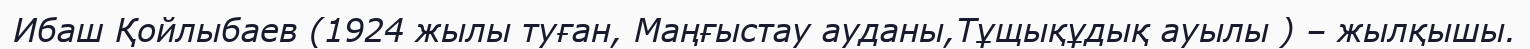
Ибаш Қойлыбаев (1924 жылы туған, Маңғыстау ауданы,Тұщықұдық ауылы ) – жылқышы.